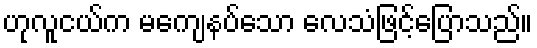
ဟုလူငယ်က မကျေနပ်သော လေသံဖြင့်ပြောသည်။